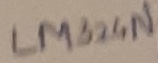
Text: LM324N